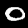
Digit: 0